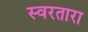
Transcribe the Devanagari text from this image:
स्वरतारा